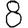
Digit: 8